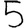
Digit: 5